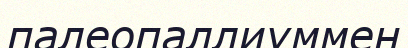
палеопаллиуммен